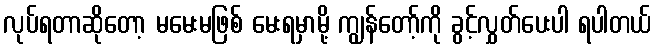
လုပ်ရတာဆိုတော့ မမေးမဖြစ် မေးရမှာမို့ ကျွန်တော့်ကို ခွင့်လွှတ်ပေးပါ ရပါတယ်